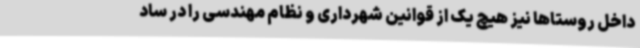
داخل روستاها نیز هیچ یک از قوانین شهرداری و نظام مهندسی را در ساد